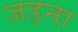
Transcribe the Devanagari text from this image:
जड़ना